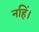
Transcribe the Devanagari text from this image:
नहिं।